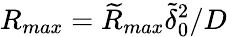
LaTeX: R_{max}=\widetilde{R}_{max}\widetilde{\delta}_{0}^{2}/D